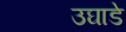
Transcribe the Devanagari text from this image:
उघाडे